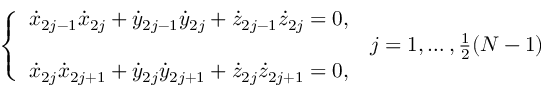
\left\{ \begin{array} { l l } { { \dot { x } } _ { 2 j - 1 } { \dot { x } } _ { 2 j } + { \dot { y } } _ { 2 j - 1 } { \dot { y } } _ { 2 j } + { \dot { z } } _ { 2 j - 1 } { \dot { z } } _ { 2 j } = 0 , } & \\ & { j = 1 , \dots , \frac { 1 } { 2 } ( N - 1 ) } \\ { { \dot { x } } _ { 2 j } { \dot { x } } _ { 2 j + 1 } + { \dot { y } } _ { 2 j } { \dot { y } } _ { 2 j + 1 } + { \dot { z } } _ { 2 j } { \dot { z } } _ { 2 j + 1 } = 0 , } \end{array} \right.